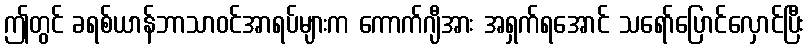
ဤတွင် ခရစ်ယာန်ဘာသာဝင်အာရပ်များက ကောက်ဂျီအား အရှက်ရအောင် သရော်ပြောင်လှောင်ပြီး